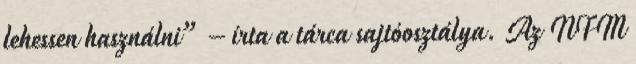
lehessen használni” – írta a tárca sajtóosztálya. Az NFM